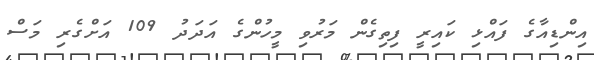
އިންޑިއާގެ ފައްޅި ކައިރީ ފިތިގެން މަރުވި މީހުންގެ އަދަދު 109 އަށްގެރި މަސް